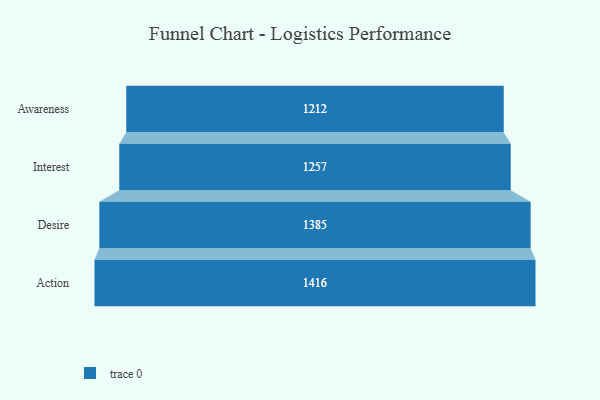
{"axis": {"x": "Stage", "y": "Value"}, "legend": [""], "data": [{"x": "Awareness", "y": 1212.0, "type": ""}, {"x": "Interest", "y": 1257.0, "type": ""}, {"x": "Desire", "y": 1385.0, "type": ""}, {"x": "Action", "y": 1416.0, "type": ""}]}